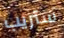
ستريب